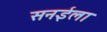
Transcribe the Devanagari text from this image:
सनईला